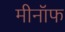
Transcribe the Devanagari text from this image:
मीनॉफ